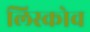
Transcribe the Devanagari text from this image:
लिस्कोव